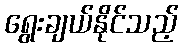
ရွေးချယ်နိုင်သည့်